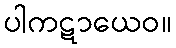
ပါကဋာယေဝ။